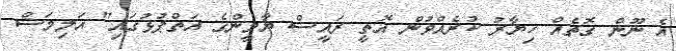
އެ ނޫން ގޮތެއް ހިޔާރު ކުރެއްވުން އޮތީ ރައީސް ޔާމީންގެ އަތްޕުޅުގައި" އަލިމަސް